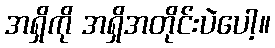
အရှိကို အရှိအတိုင်းပဲပေါ့။